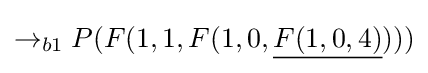
\rightarrow _{b1}P(F(1,1,F(1,0,{\underline {F(1,0,4)}})))